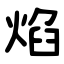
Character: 焰